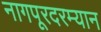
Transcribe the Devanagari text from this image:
नागपूरदरम्यान